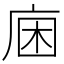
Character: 𢈛